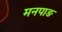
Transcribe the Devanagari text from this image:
मनपाङ